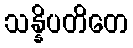
သန္နိပတိတေ